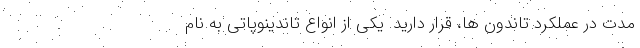
مدت در عملکرد تاندون ها، قرار دارید. یکی از انواع تاندینوپاتی به نام